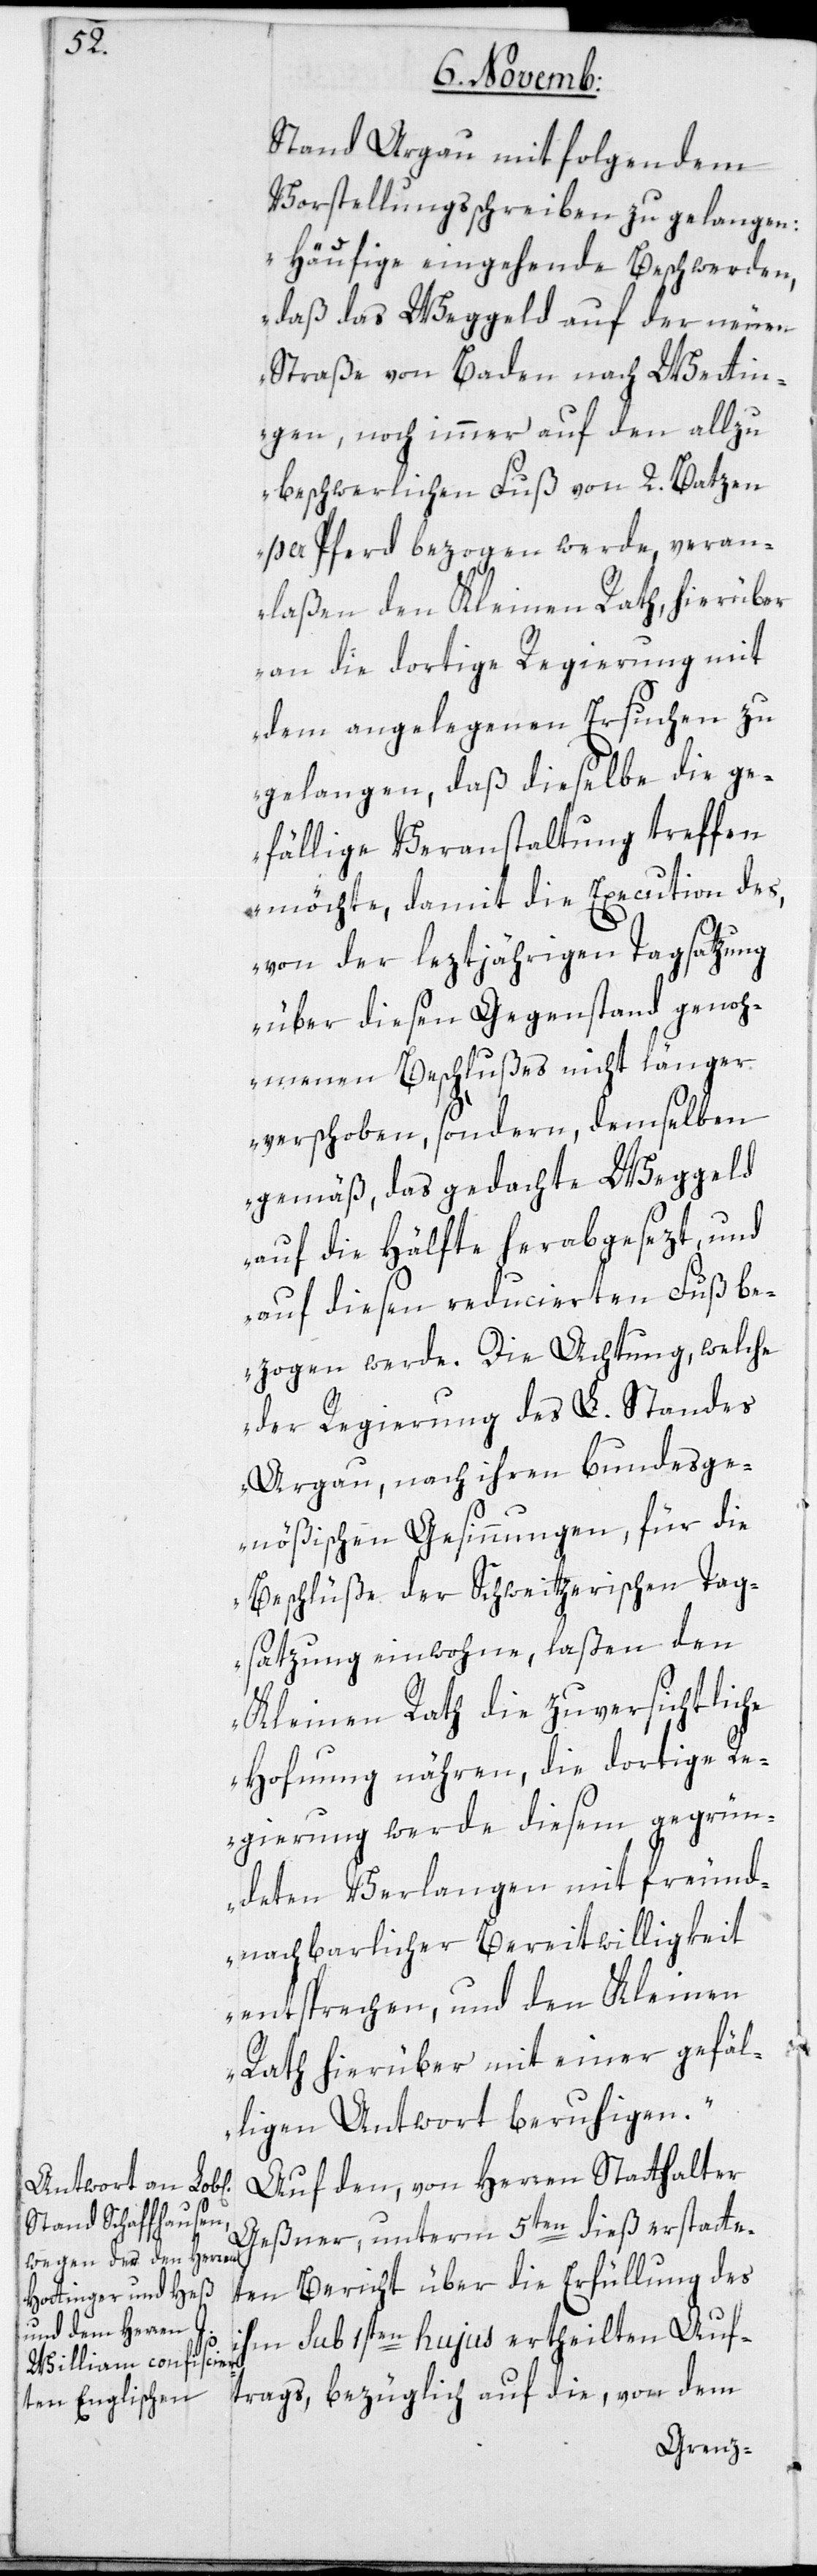
Stand Argau mit folgendem
Vorstellungsschreiben zu gelangen:
„Häufige eingehende Beschwerden,
daß das Weggeld auf der neuen
Straße von Baden nach Wettin¬
gen, noch immer auf den allzu
beschwerlichen Fuß von 2. Batzen
per Pferd bezogen werde, veran¬
laßen den Kleinen Rath, hierüber
an die dortige Regierung mit
dem angelegenen Ersuchen zu
gelangen, daß dieselbe die ge¬
fällige Veranstaltung treffen
möchte, damit die Execution des,
von der leztjährigen Tagsatzung
über diesen Gegenstand genoh¬
menen Beschlußes nicht länger
verschoben, sondern demselben
gemäß, das gedachte Weggeld
auf die Hälfte herabgesezt und
auf diesen reducierten Fuß be¬
zogen werde. Die Achtung, welche
der Regierung des L. Standes
Argau, nach ihren bundesge¬
nößischen Gesinnungen, für die
Beschlüße der schweizerischen Tag¬
satzung einwohne, laßen den
Kleinen Rath die zuversichtliche
Hofnung nähren, die dortige R¬
egierung werde diesem gegrün¬
deten Verlangen mit freund¬
nachbarlicher Bereitwilligkeit
entsprechen, und den Kleinen
Rath hierüber mit einer gefäl¬
ligen Antwort beruhigen.“
Auf den, von Herren Statthalter
Geßner, unterm 5ten dieß erstatte¬
ten Bericht über die Erfüllung des
ihm sub 1sten hujus ertheilten Auf¬
trags, bezüglich auf die, von dem